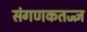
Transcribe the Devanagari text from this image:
संगणकतज्‍ज्ञ